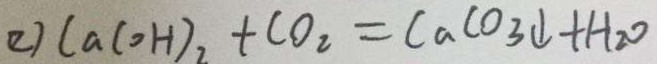
( 2 ) C a ( O H ) _ { 2 } + C O _ { 2 } = C a C O _ { 3 } \downarrow + H _ { 2 } O